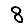
Digit: 8